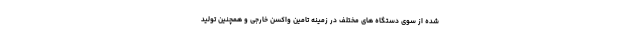
شده از سوی دستگاه های مختلف در زمینه تامین واکسن خارجی و همچنین تولید